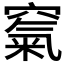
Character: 𥧔